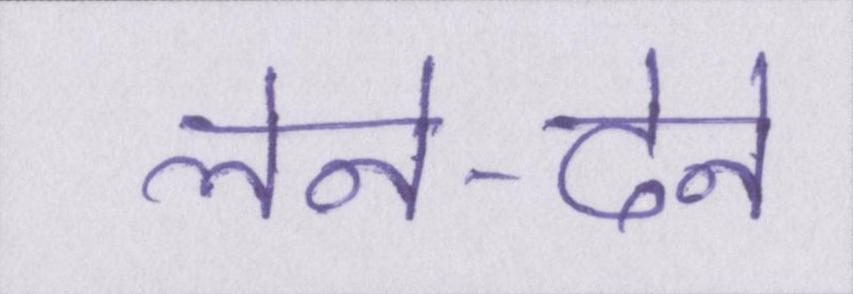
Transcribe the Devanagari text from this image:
लेने-देने